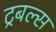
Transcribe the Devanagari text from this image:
ट्रबल्स